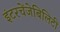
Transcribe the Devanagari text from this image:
इंटरचेंजेबिलिटी